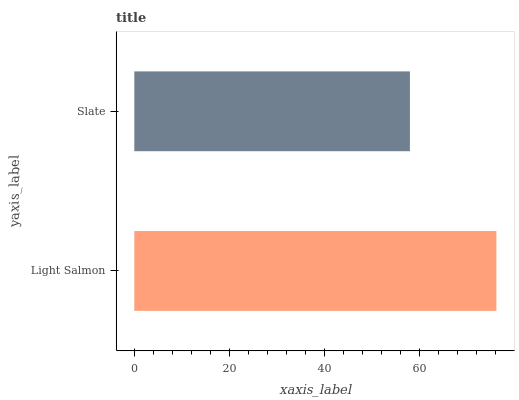
| yaxis_label | bars |
 | --- | --- |
 | Light Salmon | 76.2 |
 | Slate | 58 |